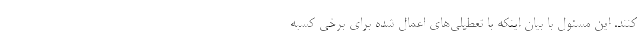
کنند. این مسئول با بیان اینکه با تعطیلی‌های اعمال شده برای برخی کسبه